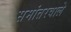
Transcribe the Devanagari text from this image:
समांतरवाले